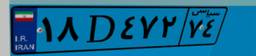
۱۸D۴۷۲۷۴